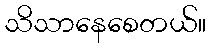
သိသာနေစေတယ်။